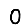
Digit: 0